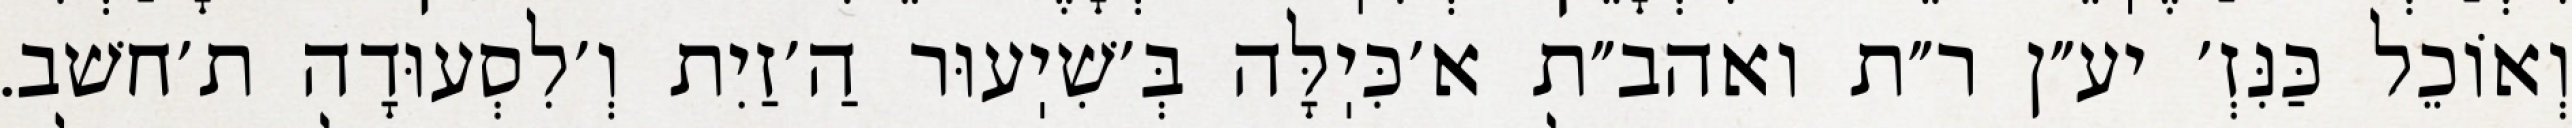
וְאוֹכֵל כַּנִּזְ׳ יע״ן ר״ת ואהב״ת א׳כִּיֽלָּה בְּ׳שִׁיֽעוּר הַ׳זַיִת וְ׳לִסְעוּדָה ת׳חשׁב.